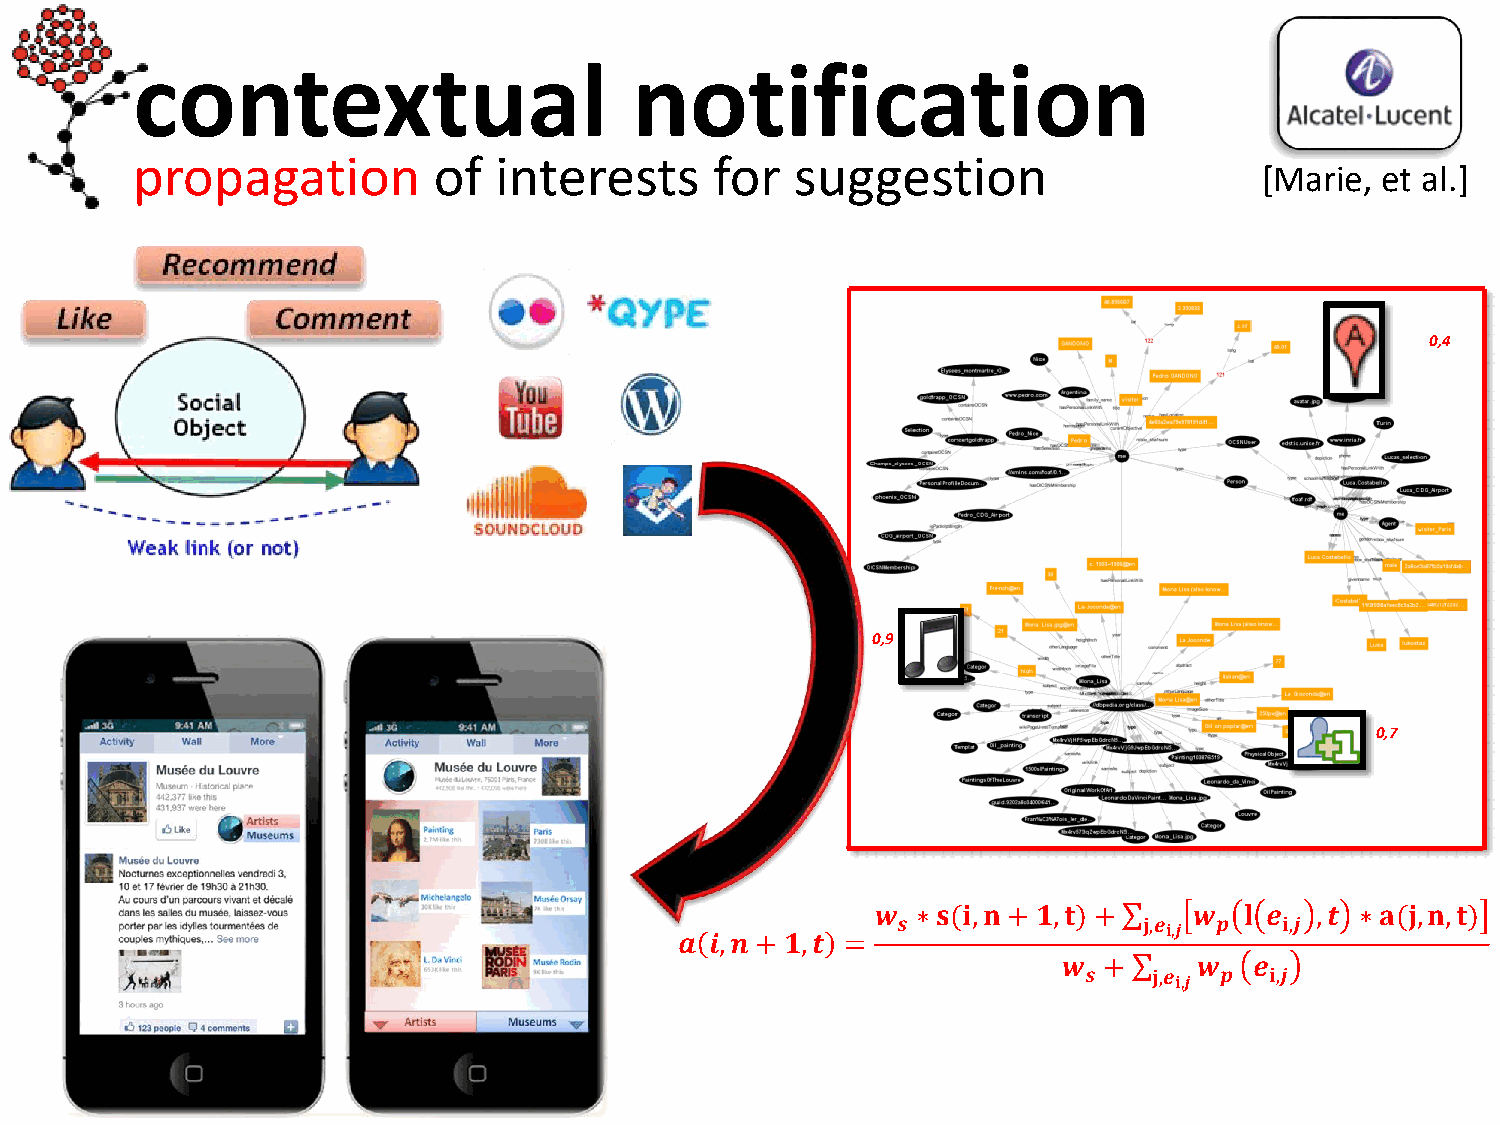
contextual                       notification
 propagation         of  interests     for   suggestion
 [Marie, et al.]
 0,4
 0,9
 0,7
 𝒘  ∗ 𝐬(𝐢,𝐧+ 𝟏,𝐭) +   𝒘  𝐥 𝒆  ,𝒕 ∗ 𝐚(𝐣,𝐧,𝐭)
 𝒔                𝐣,𝒆  𝒑   𝐢,𝒋
 𝐢,𝒋
 𝒂 𝒊,𝒏 + 𝟏,𝒕 =
 𝒘  +     𝒘   𝒆
 𝒔   𝐣,𝒆  𝒑  𝐢,𝒋
 𝐢,𝒋